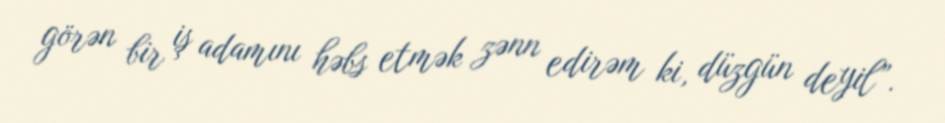
görən bir iş adamını həbs etmək zənn edirəm ki, düzgün deyil”.